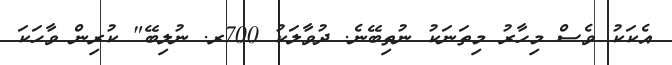
އެކަކު ވެސް މިހާރު މިތަނަކު ނުތިބޭނެ. ދުވާލަކު 700ރ. ނުލިބޭ" ކުރިން ވާހަކަ